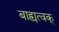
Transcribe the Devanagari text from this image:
बाह्यत्वक्